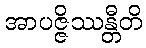
အာပဇ္ဇိဿန္တီတိ